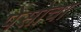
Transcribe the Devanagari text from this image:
पेसोचा